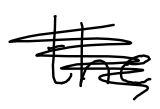
Text: the
Cross-out: scratch
Writing tool: digital_black